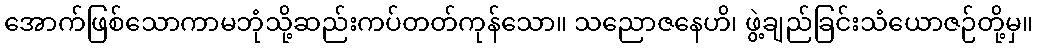
အောက်ဖြစ်သောကာမဘုံသို့ဆည်းကပ်တတ်ကုန်သော။ သညောဇနေဟိ၊ ဖွဲ့ချည်ခြင်းသံယောဇဉ်တို့မှ။